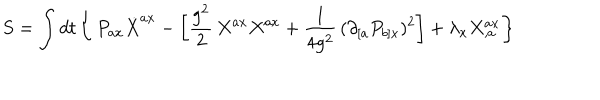
S = \int d t \left\{ \, P _ { a x } \dot { X } ^ { a x } - \left[ \frac { g ^ { 2 } } { 2 } \, X ^ { a x } X ^ { a x } + \frac { 1 } { 4 g ^ { 2 } } \, ( \partial _ { [ a } P _ { b ] x } ) ^ { 2 } \right] + \lambda _ { x } X _ { , a } ^ { a x } \right\}